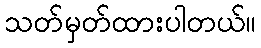
သတ်မှတ်ထားပါတယ်။